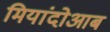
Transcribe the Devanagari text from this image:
मियांदोआब